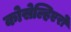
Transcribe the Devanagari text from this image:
कोसेल्हिएरो